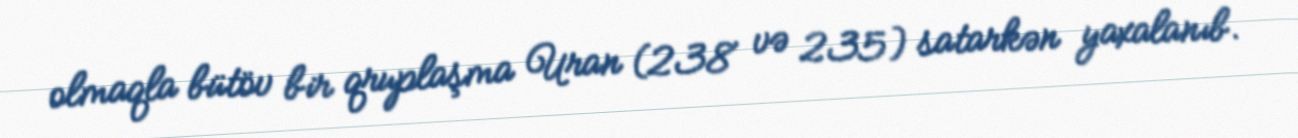
olmaqla bütöv bir qruplaşma Uran (238 və 235) satarkən yaxalanıb.